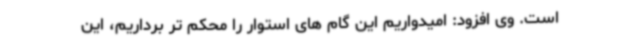
است. وی افزود: امیدواریم این گام های استوار را محکم تر برداریم، این